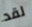
لقد